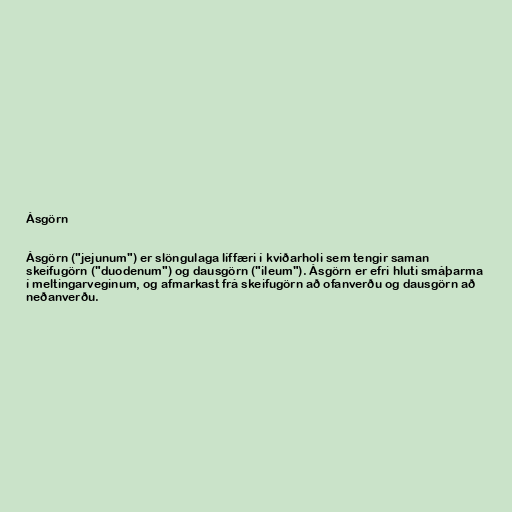
Ásgörn

Ásgörn ("jejunum") er slöngulaga líffæri í kviðarholi sem tengir saman
skeifugörn ("duodenum") og dausgörn ("ileum"). Ásgörn er efri hluti smáþarma
í meltingarveginum, og afmarkast frá skeifugörn að ofanverðu og dausgörn að
neðanverðu.